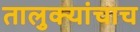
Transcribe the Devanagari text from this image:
तालुक्यांचाच